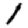
Digit: 1